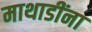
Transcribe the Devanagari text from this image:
माथाडींना